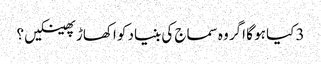
3 کیا ہو گا اگر وہ سماج کی بنیاد کو اکھاڑ پھینکیں ؟